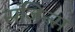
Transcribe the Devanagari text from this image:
संजिन्स